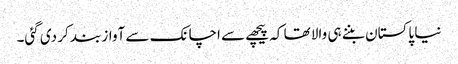
نیا پاکستان بننے ہی والا تھا کہ پیچھے سے اچانک سے آواز بند کر دی گئی۔